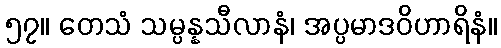
၅၇။ တေသံ သမ္ပန္နသီလာနံ၊ အပ္ပမာဒဝိဟာရိနံ။